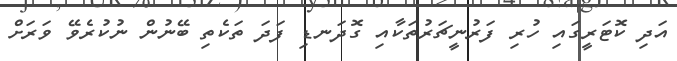
އަދި ކޮޓަރީގައި ހުރި ފަރުނީޗަރުތަކާއި ގޮދަނޑި ފަދަ ތަކެތި ބޭނުން ނުކުރެވޭ ވަރަށް